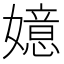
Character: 嬑